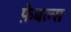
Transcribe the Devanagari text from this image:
फ़ेबल्स